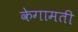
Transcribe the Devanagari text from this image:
केगामती